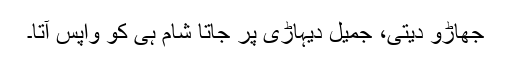
جھاڑو دیتی، جمیل دیہاڑی پر جاتا شام ہی کو واپس آتا۔